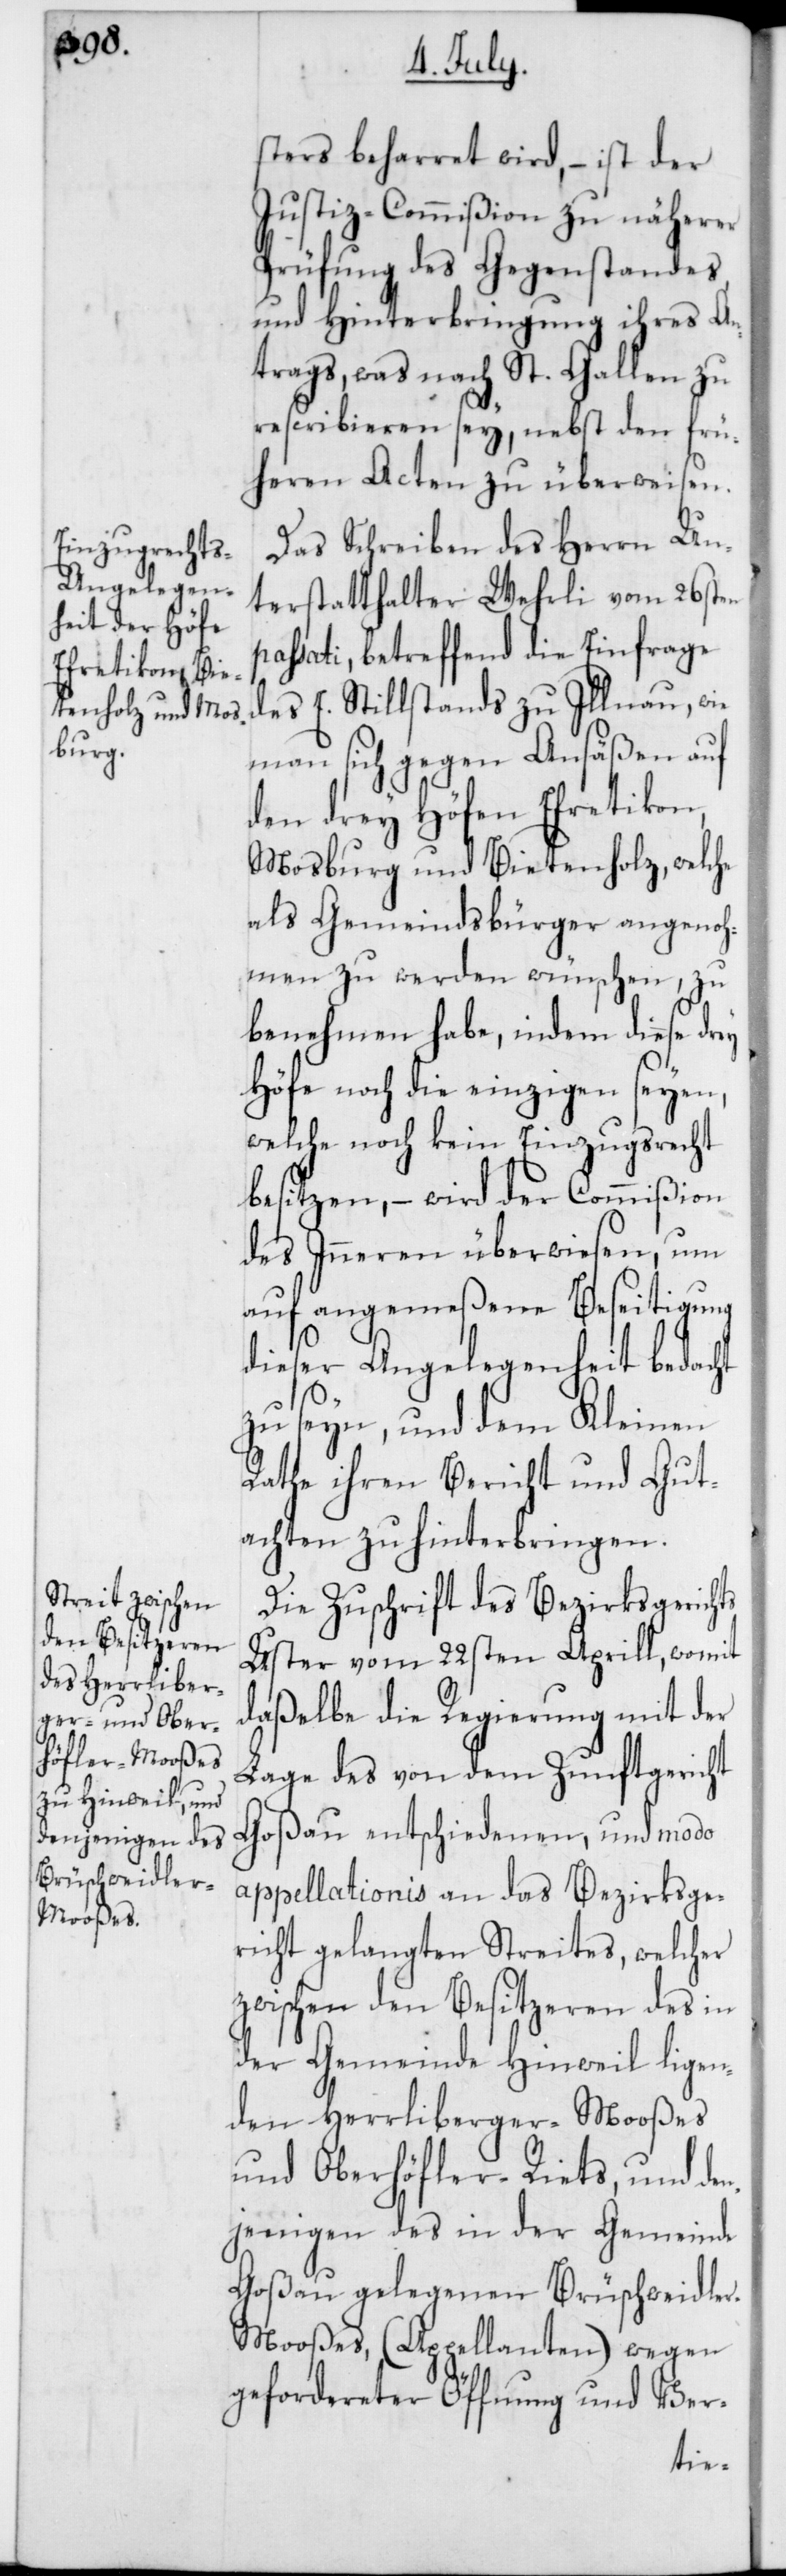
sters beharret wird, – ist der
Justiz-Commißion zu näherer
Prüfung des Gegenstandes
und Hinterbringung ihres An¬
trags, was nach St. Gallen zu
rescribieren sey, nebst den frü¬
heren Acten zu überweisen.
Das Schreiben des Herrn Un¬
terstatthalter Wehrli vom 26sten
passati, betreffend die Einfrage
des E. Stillstands zu Illnau, wie
man sich gegen Ansäßen auf
den drey Höfen Efretikon,
Mosburg und Bietenholz, welche
als Gemeindsbürger angenoh¬
men zu werden wünschen, zu
benehmen habe, indem diese drey
Höfe noch die einzigen seyen,
welche noch kein Einzugsrecht
besitzen, – wird der Commißion
des Inneren überwiesen, um
auf angemeßene Beseitigung
dieser Angelegenheit bedacht
zu seyn, und dem Kleinen
Rathe ihren Bericht und Gut¬
achten zu hinterbringen.
Die Zuschrift des Bezirksgerichts
Uster vom 22sten Aprill, womit
daßelbe die Regierung mit der
Lage des von dem Zunftgericht
Goßau entschiedenen, und modo
appellationis an das Bezirksge¬
richt gelangten Streites, welcher
zwischen den Besitzeren des in
der Gemeinde Hinweil ligen¬
den Herrliberger-Mooßes
und Oberhöfler-Riets, und de¬
njenigen des in der Gemeinde
Goßau gelegenen Brüschweidle¬
r-Mooßes, (Appellanten) wegen
gefordereter Öffnung und Ver-